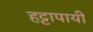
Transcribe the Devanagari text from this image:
हट्टापायी